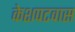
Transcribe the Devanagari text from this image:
केशपटवास